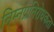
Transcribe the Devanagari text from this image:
निम्नप्रतिरोधकता